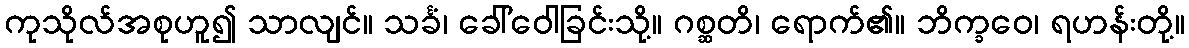
ကုသိုလ်အစုဟူ၍ သာလျင်။ သင်္ခံ၊ ခေါ်ဝေါခြင်းသို့။ ဂစ္ဆတိ၊ ရောက်၏။ ဘိက္ခဝေ၊ ရဟန်းတို့။